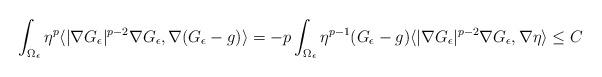
LaTeX: \begin{align*} \int_{\Omega_\epsilon} \eta^p \langle |\nabla G_\epsilon|^{p-2} \nabla G_\epsilon, \nabla (G_\epsilon-g) \rangle=- p \int_{\Omega_\epsilon} \eta^{p-1} (G_\epsilon-g) \langle |\nabla G_\epsilon|^{p-2} \nabla G_\epsilon, \nabla \eta \rangle \leq C\end{align*}